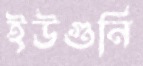
ইউগুনি